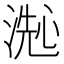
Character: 𬈞